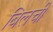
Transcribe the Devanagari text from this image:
बिलची